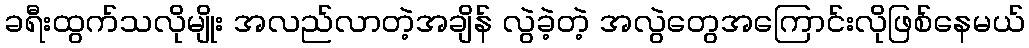
ခရီးထွက်သလိုမျိုး အလည်လာတဲ့အချိန် လွဲခဲ့တဲ့ အလွဲတွေအကြောင်းလိုဖြစ်နေမယ်